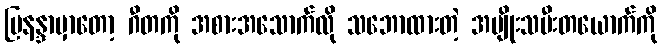
မြနန္ဒာမှာတော့ ဂီတကို အစားအသောက်လို သဘောထားတဲ့ အမျိုးသမီးတယောက်ကို